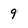
Character: 9